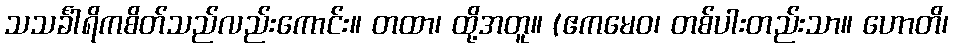
သသင်္ခါရိကစိတ်သည်လည်းကောင်း။ တထာ၊ ထို့အတူ။ (ဧကမေဝ၊ တစ်ပါးတည်းသာ။ ဟောတိ၊